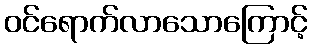
ဝင်ရောက်လာသောကြောင့်